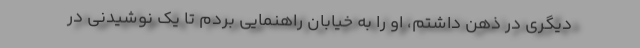
دیگری در ذهن داشتم، او را به خیابان راهنمایی بردم تا یک نوشیدنی در